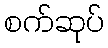
စက်ဆုပ်